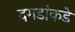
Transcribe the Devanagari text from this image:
दगडांकडे